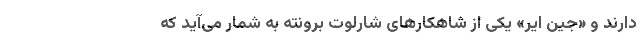
دارند و «جین ایر» یکی از شاهکارهای شارلوت برونته به شمار می‌آید که